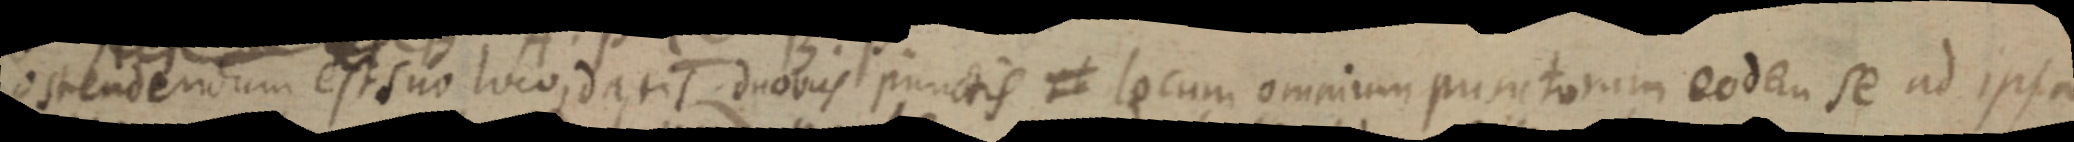
ostendendum est suo loco, datis duobus punctis et locum omnium punctorum eodem se ad ipsa